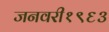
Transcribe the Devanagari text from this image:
जनवरी१९६३